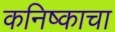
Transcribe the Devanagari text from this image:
कनिष्काचा